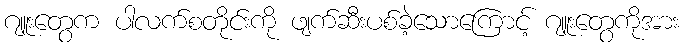
ဂျူးတွေက ပါလက်စတိုင်းကို ဖျက်ဆီးပစ်ခဲ့သောကြောင့် ဂျူးတွေကိုအား